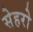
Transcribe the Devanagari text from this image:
सेहरो